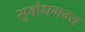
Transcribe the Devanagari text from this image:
सुबोधगम्य